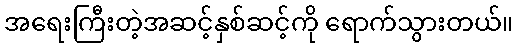
အရေးကြီးတဲ့အဆင့်နှစ်ဆင့်ကို ရောက်သွားတယ်။